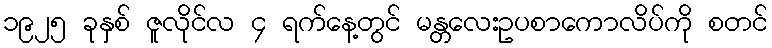
၁၉၂၅ ခုနှစ် ဇူလိုင်လ ၄ ရက်နေ့တွင် မန္တလေးဥပစာကောလိပ်ကို စတင်